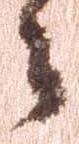
々